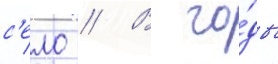
с'ело // В го́ды